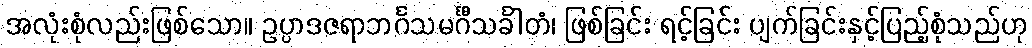
အလုံးစုံလည်းဖြစ်သော။ ဥပ္ပာဒဇရာဘင်္ဂသမင်္ဂီသင်္ခါတံ၊ ဖြစ်ခြင်း ရင့်ခြင်း ပျက်ခြင်းနှင့်ပြည့်စုံသည်ဟု